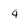
Character: 4